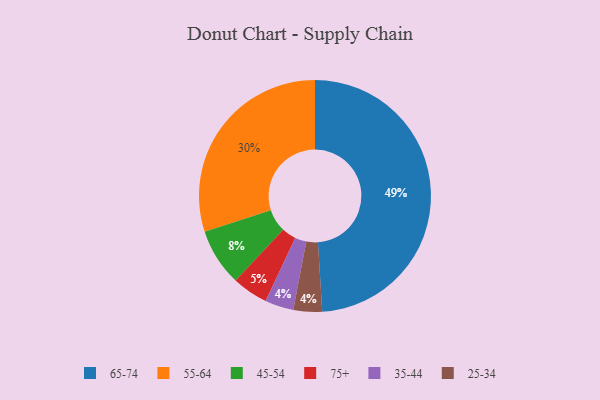
{"axis": {"x": "Category", "y": "Percentage"}, "legend": ["25-34", "35-44", "45-54", "55-64", "65-74", "75+"], "data": [{"x": "65-74", "y": 49, "type": "65-74"}, {"x": "45-54", "y": 8, "type": "45-54"}, {"x": "55-64", "y": 30, "type": "55-64"}, {"x": "35-44", "y": 4, "type": "35-44"}, {"x": "75+", "y": 5, "type": "75+"}, {"x": "25-34", "y": 4, "type": "25-34"}]}